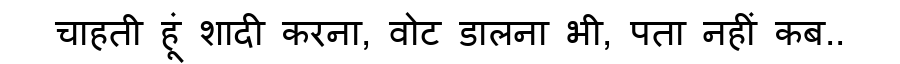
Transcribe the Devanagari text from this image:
चाहती हूं शादी करना, वोट डालना भी, पता नहीं कब..